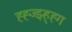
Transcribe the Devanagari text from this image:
ह्ह्ज्झ्ह्ह्ग